Annual report on the mental hospital in the Central Provinces and Berar (Nagpur) - 1927-1951
Year: 1927
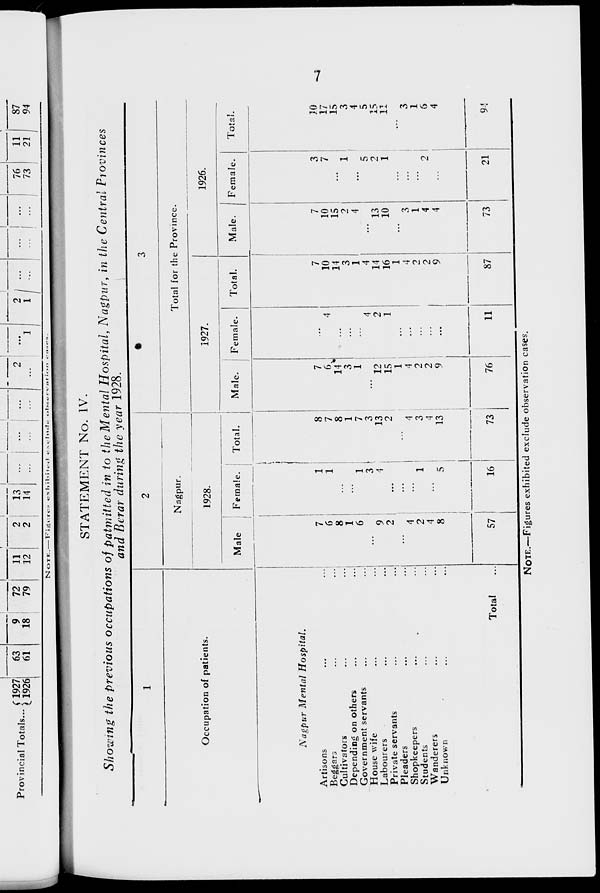
7
STATEMENT No. IV.
Showing the previous occupations of patmitted in to the Mental Hospital, Nagpur, in the Central Provinces
and Berar during the year 1928.
1
Occupation of patients.
Nagpur Mental
Hospital.
Artisons ... ...
Beggars ... ...
Cultivators ... ...
Depending on others ... ...
Government servants ... ...
House wife ... ...
Labourers ... ...
Private servants ... ...
Pleaders ... ...
Shopkeepers ... ...
Students ... ...
Wanderers ... ...
Unknown ... ...
Total ...
2
Nagpur.
1928.
Male.
7
6
8
1
6
...
9
2
...
4
2
4
8
57
Female.
1
1
...
...
1
3
4
...
...
...
1
...
5
16
Total.
8
7
8
1
7
3
13
2
...
4
3
4
13
73
3
Total for the Province.
1927.
Male.
7
6
14
3
1
...
12
15
1
4
2
2
9
76
Female.
...
4
...
...
...
4
2
1
...
...
...
...
...
11
Total.
7
10
14
3
1
4
14
16
1
4
2
2
9
87
1926.
Male.
7
10
15
2
4
...
13
10
...
3
1
4
4
73
Female.
3
7
...
1
...
5
2
1
...
...
...
2
...
21
Total.
10
17
15
3
4
5
15
11
...
3
1
6
4
94
NOTE.—Figures exhibited exclude observation cases.